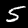
Label: 5